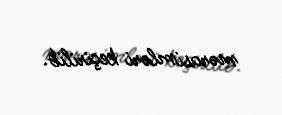
mərasimləri keçirilib.